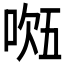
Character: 𭈔